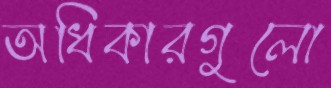
অধিকারগুলো